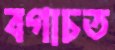
বগাচত